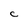
Character: C